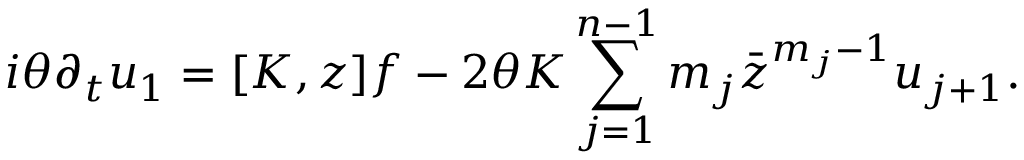
i \theta \partial _ { t } u _ { 1 } = [ K , z ] f - 2 \theta K \sum _ { j = 1 } ^ { n - 1 } m _ { j } \bar { z } ^ { m _ { j } - 1 } u _ { j + 1 } .